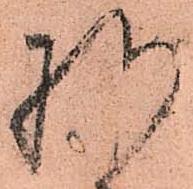
様